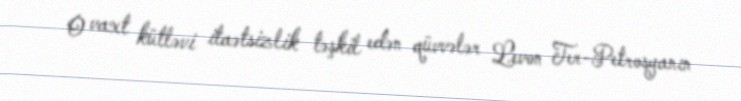
O vaxt kütləvi itaətsizlik təşkil edən qüvvələr Levon Ter-Petrosyanın